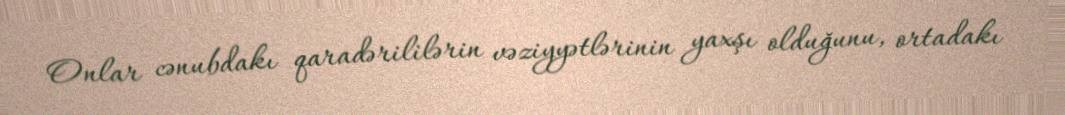
Onlar cənubdakı qaradərililərin vəziyyətlərinin yaxşı olduğunu, ortadakı